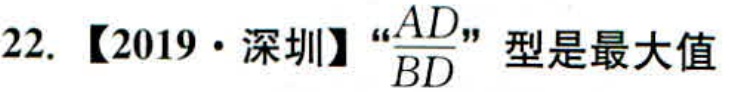
22. 【2019·深圳】“\(\frac{AD}{BD}\)”型是最大值